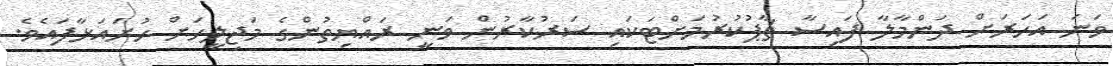
ވަނަ އަހަރަށް ދަންމާލާ ފައިސާ ޗާޕުކުރުމަށްޓަކައި ސަރުކާރުން ވަނީ ރައްޔިތުންގެ މަޖިލީހަށް ހުށައަޅާފައެވެ.